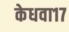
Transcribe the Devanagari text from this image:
केधवा१७